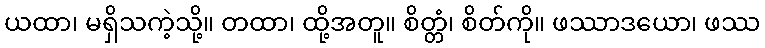
ယထာ၊ မရှိသကဲ့သို့။ တထာ၊ ထို့အတူ။ စိတ္တံ၊ စိတ်ကို။ ဖဿာဒယော၊ ဖဿ